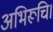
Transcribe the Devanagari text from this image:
अभिरूचि।